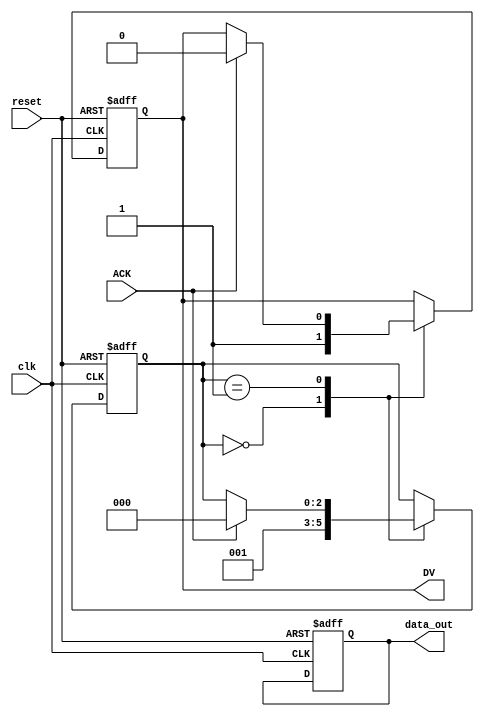
module producer (
    input wire clk,              // Clock for internal operations (not for handshake)
    input wire reset,            // Reset signal
    output reg [7:0] data_out,   // Data output to consumer
    output reg DV,               // Data Valid signal
    input wire ACK               // Acknowledgment signal from consumer
);
    reg [7:0] data_reg;          // Internal data register
    reg [2:0] state;             // State machine for producer

    // State encoding
    localparam IDLE = 3'b000,
               SEND = 3'b001,
               WAIT_ACK = 3'b010;

    always @(posedge clk or posedge reset) begin
        if (reset) begin
            state <= IDLE;
            DV <= 0;
            data_out <= 8'b0;
        end else begin
            case (state)
                IDLE: begin
                    // Prepare next data
                    data_reg <= data_reg + 1; // Example data generation
                    DV <= 1;                  // Assert Data Valid
                    state <= SEND;
                end
                SEND: begin
                    // Wait for acknowledgment
                    if (ACK) begin
                        DV <= 0;              // Deassert Data Valid
                        state <= IDLE;        // Go back to IDLE
                    end
                end
            endcase
        end
    end
endmodule